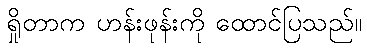
ရှိုတာက ဟန်းဖုန်းကို ထောင်ပြသည်။